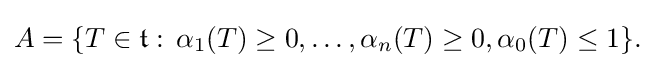
\displaystyle {A=\{T\in {\mathfrak {t}}:\,\alpha _{1}(T)\geq 0,\dots ,\alpha _{n}(T)\geq 0,\alpha _{0}(T)\leq 1\}.}